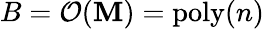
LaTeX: B={\cal{O}}(\mathbf{M})=\mathrm{{poly}}(n)